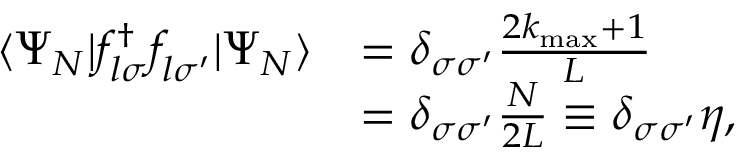
\begin{array} { r l } { \langle \Psi _ { N } | f _ { l \sigma } ^ { \dagger } f _ { l \sigma ^ { \prime } } ^ { \phantom { \dagger } } | \Psi _ { N } \rangle } & { = \delta _ { \sigma \sigma ^ { \prime } } \frac { 2 k _ { \mathrm { m a x } } + 1 } { L } } \\ & { = \delta _ { \sigma \sigma ^ { \prime } } \frac { N } { 2 L } \equiv \delta _ { \sigma \sigma ^ { \prime } } \eta , } \end{array}